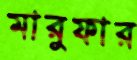
মারুফার